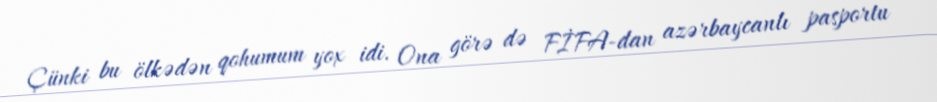
Çünki bu ölkədən qohumum yox idi. Ona görə də FİFA-dan azərbaycanlı pasportu